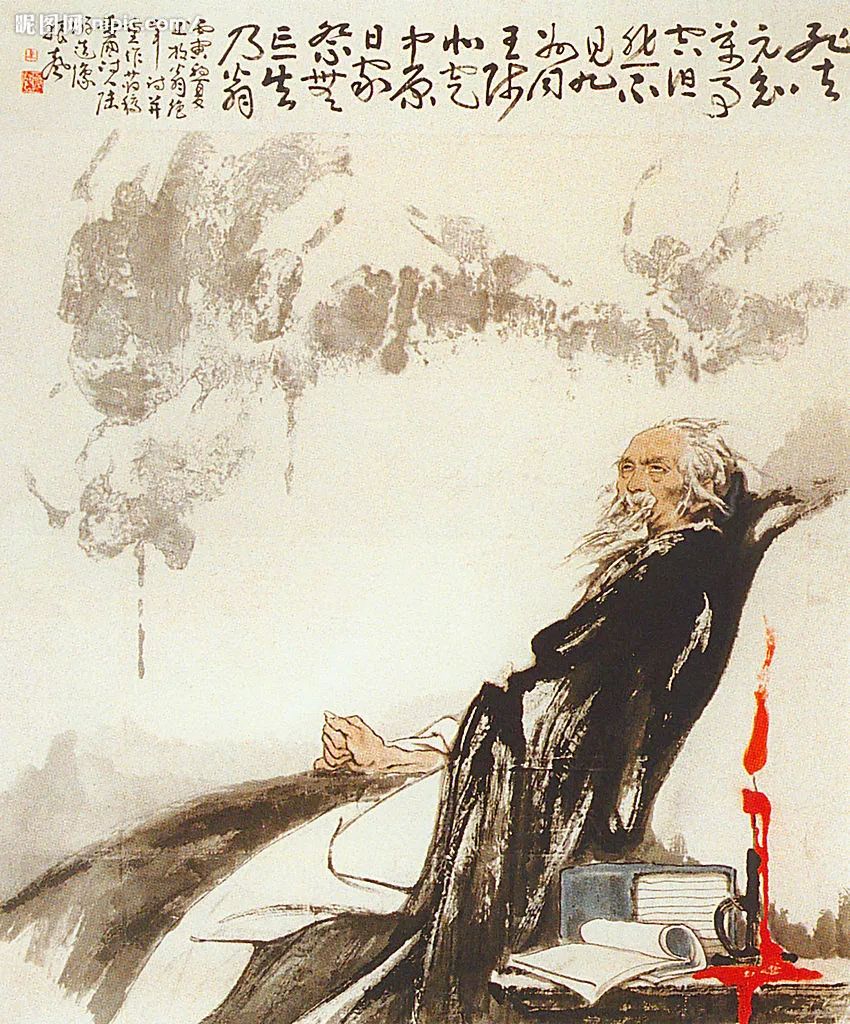
遗民泪尽胡尘里，南望王师又一年。